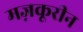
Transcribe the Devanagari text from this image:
मज़कूरीन